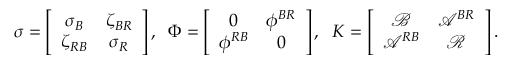
\sigma = \left[ \begin{array} { c c } { \sigma _ { B } } & { \zeta _ { B R } } \\ { \zeta _ { R B } } & { \sigma _ { R } } \end{array} \right] , \; \; \Phi = \left[ \begin{array} { c c c } { 0 } & { \phi ^ { B R } } \\ { \phi ^ { R B } } & { 0 } \end{array} \right] , \; \; { \cal K } = \left[ \begin{array} { c c } { \mathcal { B } } & { \mathcal { A } ^ { B R } } \\ { \mathcal { A } ^ { R B } } & { \mathcal { R } } \end{array} \right] .